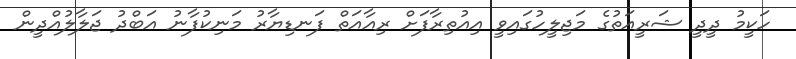
ހަކީމު ދީދީ ޝަރީއަތުގެ މަޖިލީހުގައިވީ އިއުތިރާފަށް ރިއާއަތް ފަނޑިޔާރު މަނިކުފާނު އަބްދު ޖަލާލުއްދީން